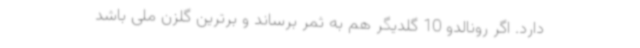
دارد. اگر رونالدو 10 گلدیگر هم به ثمر برساند و برترین گلزن ملی باشد